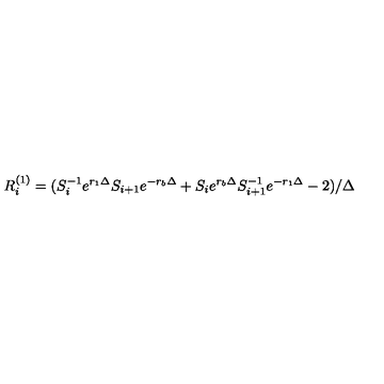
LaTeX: R _ { i } ^ { ( 1 ) } = ( S _ { i } ^ { - 1 } e ^ { r _ { 1 } \Delta } S _ { i + 1 } e ^ { - r _ { b } \Delta } + S _ { i } e ^ { r _ { b } \Delta } S _ { i + 1 } ^ { - 1 } e ^ { - r _ { 1 } \Delta } - 2 ) / \Delta